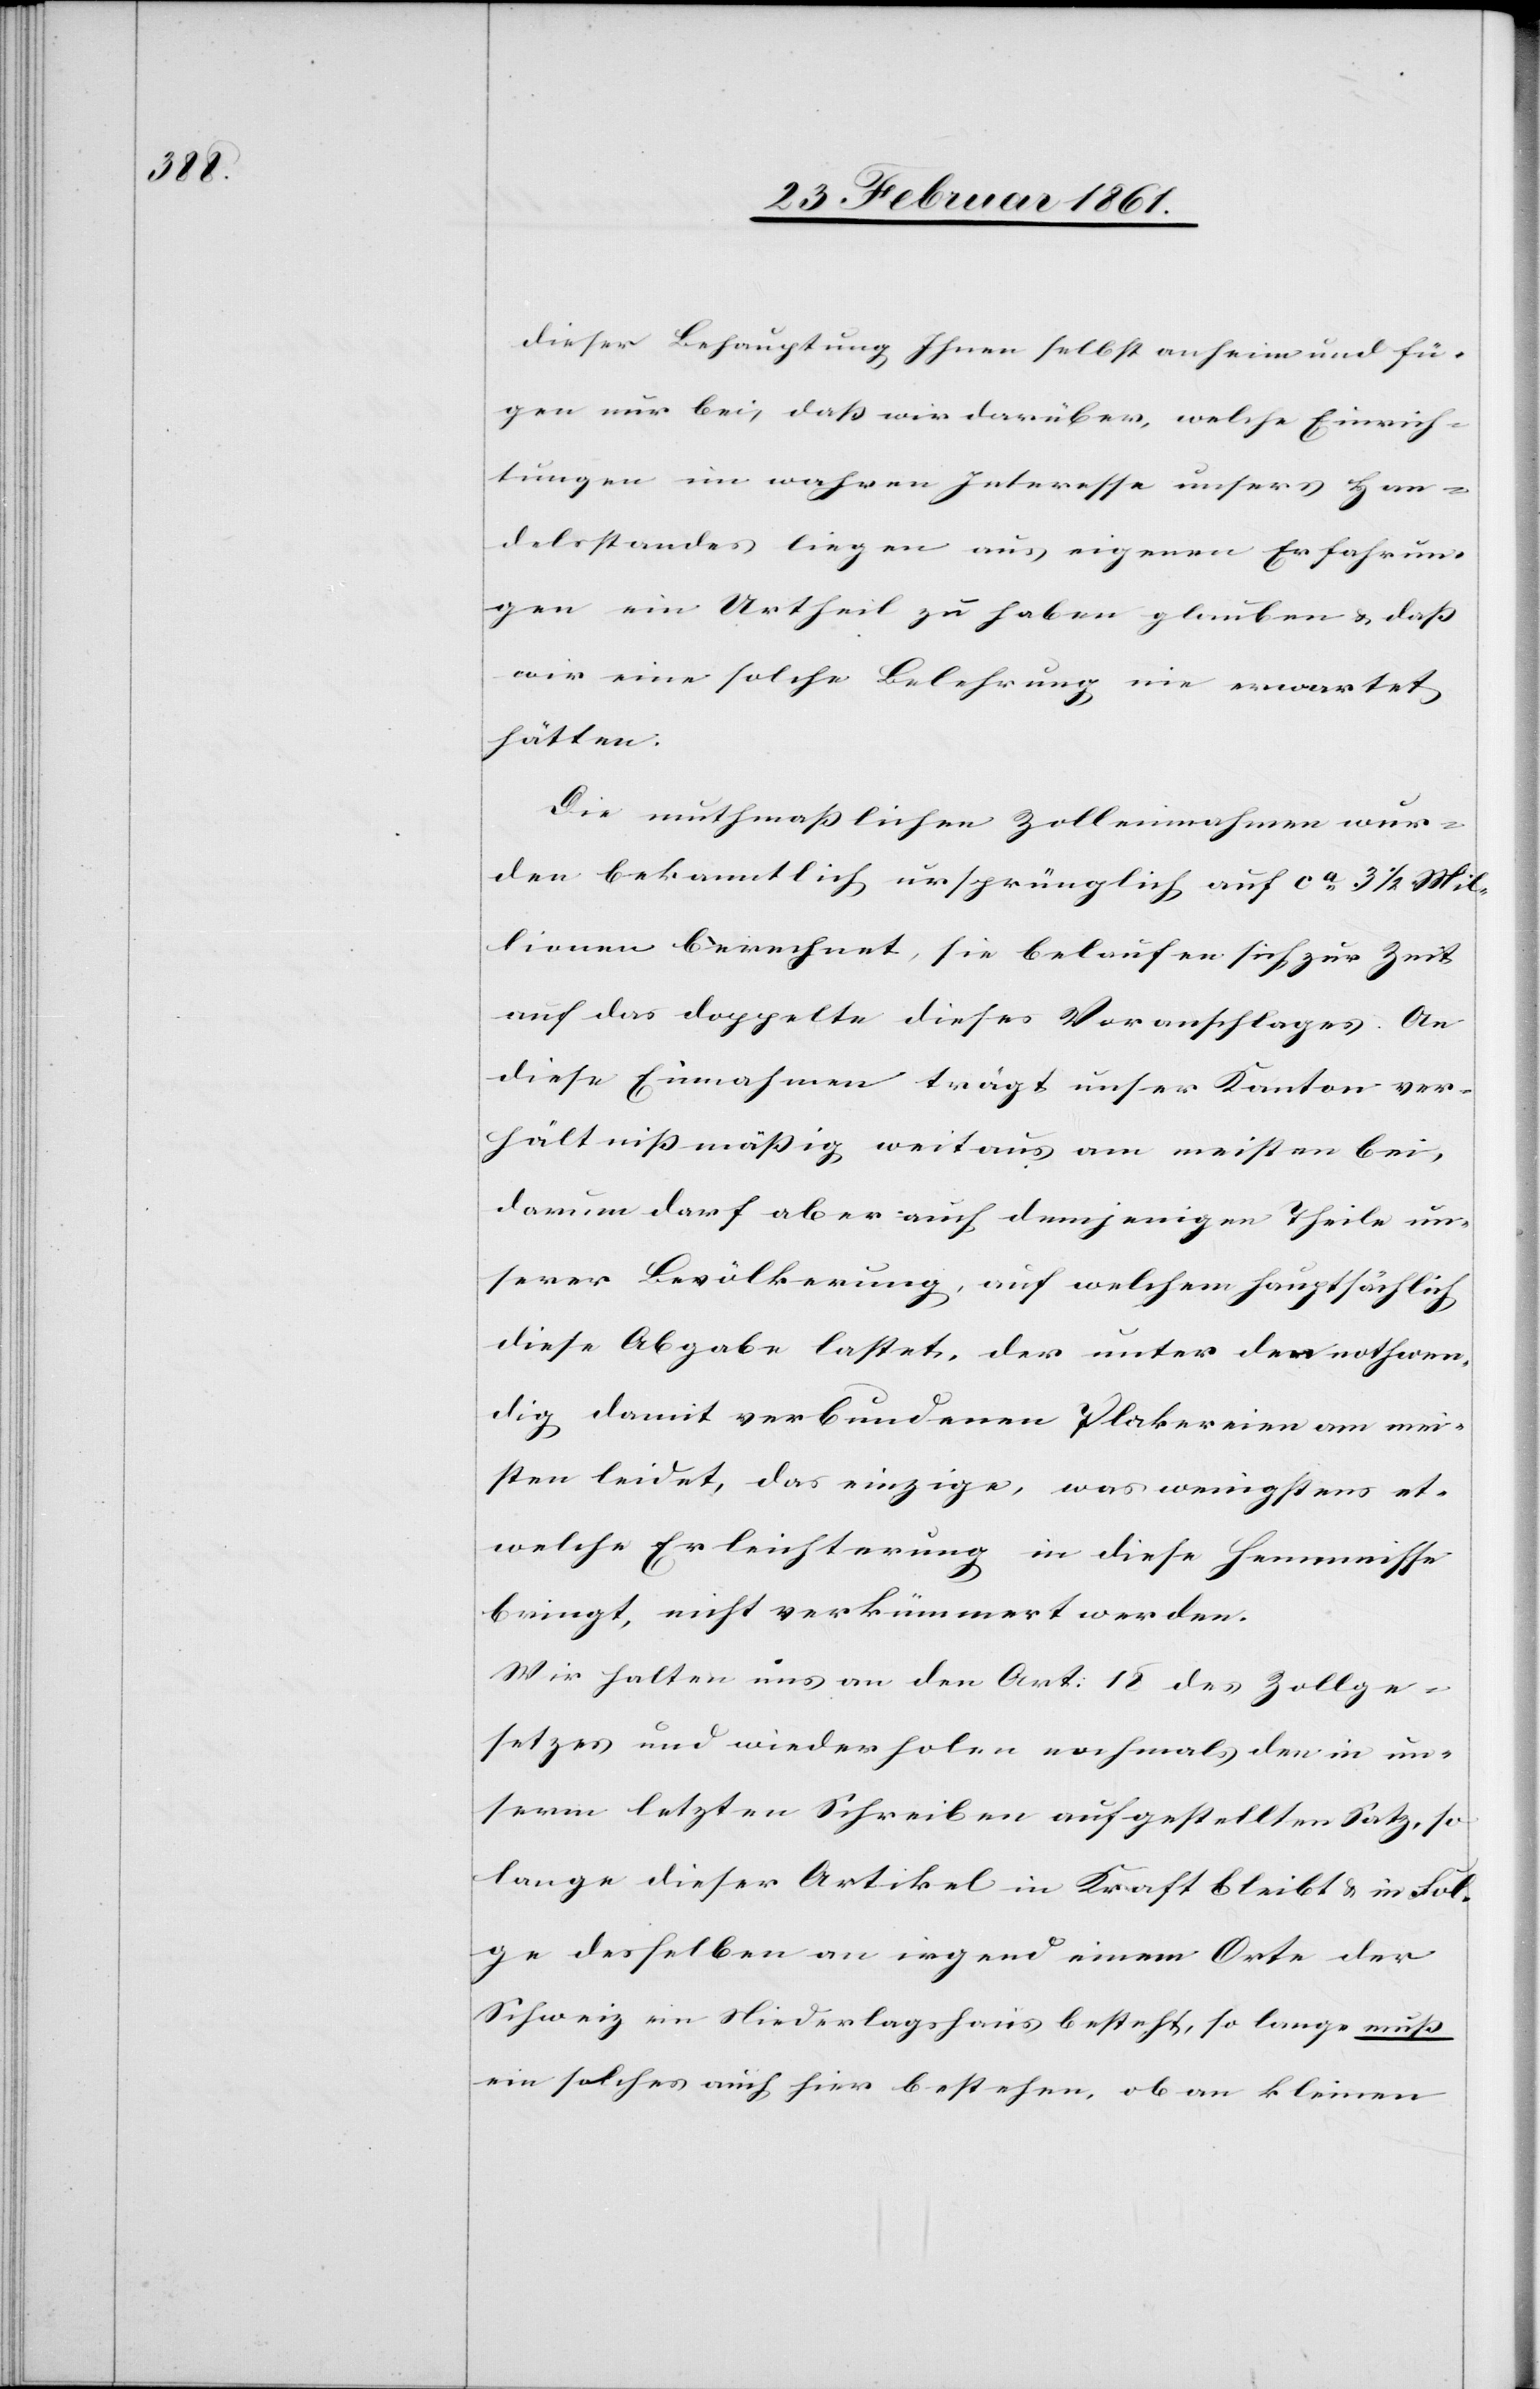
dieser Behauptung Ihnen selbst anheim und fü¬
gen nur bei, dass wir darüber, welche Einrich¬
tungen im wahren Interesse unsers Han¬
delsstandes liegen aus eigenen Erfahrun¬
gen ein Urtheil zu haben glauben u. dass
wir eine solche Belehrung nie erwartet
hätten.
Die muthmasslichen Zolleinnahmen wur¬
den bekanntlich ursprünglich auf ca 3 1/2 Mil¬
lionen berechnet, sie belaufen sich zur Zeit
auf das doppelte dieses Voranschlages. An
diese Einnahmen trägt unser Kanton ver¬
hältnissmässig weitaus am meisten bei,
darum darf aber auch demjenigen Theil un¬
serer Bevölkerung, auf welchen hauptsächlich
diese Abgabe lastet, der unter den nothwen¬
dig damit verbundenen Plakereien am mei¬
sten leidet, das einzige, was wenigstens et¬
welche Erleichterung in diese Hemmnisse
bringt, nicht verkümmert werden.
Wir halten uns an den Art: 15 des Zollge¬
setzes und wiederholen nochmals den in un¬
serm letzten Schreiben aufgestellten Satz, so
lange dieser Artikel in Kraft bleibt und in Fol¬
ge desselben an irgend einem Orte der
Schweiz ein Niederlagshaus besteht, so lange muss
ein solches auch hier bestehen, ob an kleinen